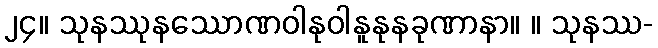
၂၄။ သုနဿုနဿောဏဝါနုဝါနူနုနခုဏာနာ။ ။ သုနဿ-